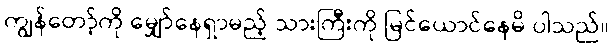
ကျွန်တော့်ကို မျှော်နေရှာမည့် သားကြီးကို မြင်ယောင်နေမိ ပါသည်။